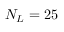
N _ { L } = 2 5